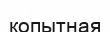
копытная